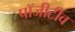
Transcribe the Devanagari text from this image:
पॉजीटीव